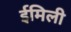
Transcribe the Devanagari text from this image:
ईमिली